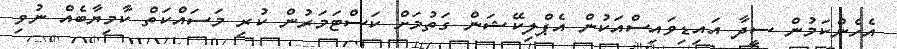
އެހެންކަމުން ސީދާ އައިޑިވައިސްއަކުން އެޕްލިކޭޝަން ގަތުމަށް ކަސްޓަމަރުން ކުރި މަސައްކަތް ކާމިޔާބެއް ނުވި